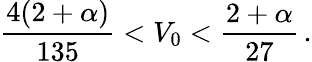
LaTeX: \frac{4(2+\alpha)}{135}<V_{0}<\frac{2+\alpha}{27}\, .